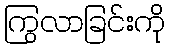
ကြွလာခြင်းကို